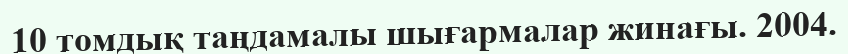
10 томдық таңдамалы шығармалар жинағы. 2004.